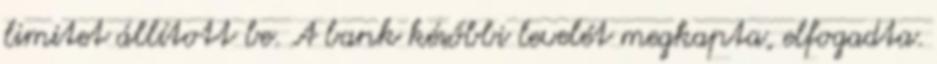
limitet állított be. A bank későbbi levelét megkapta, elfogadta.